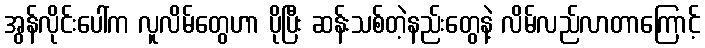
အွန်လိုင်းပေါ်က လူလိမ်တွေဟာ ပိုပြီး ဆန်းသစ်တဲ့နည်းတွေနဲ့ လိမ်လည်လာတာကြောင့်